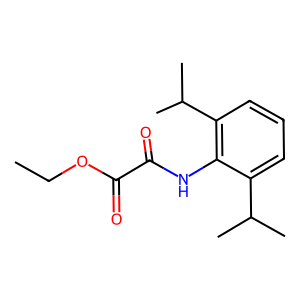
SMILES: CCOC(=O)C(=O)Nc1c(C(C)C)cccc1C(C)C
Inhibits HIV replication: No